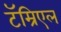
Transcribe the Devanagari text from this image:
टॅम्रिएल